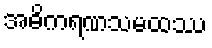
အဓိကရဏသမထဿ